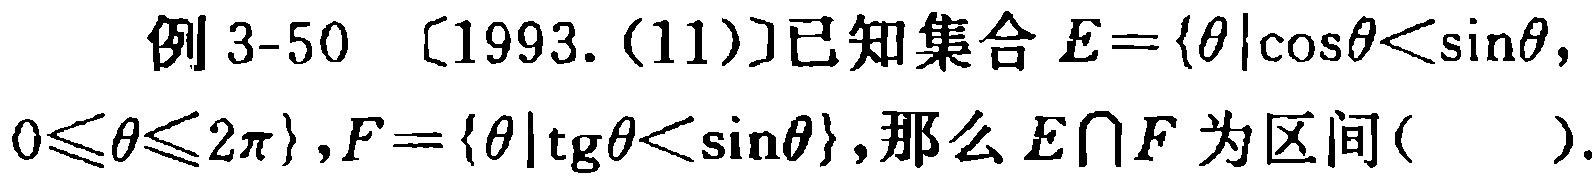
例 3-50 〔1993.(11)〕已知集合 \(E = \{ \theta|\cos\theta<\sin\theta, 0\leqslant\theta\leqslant 2\pi\}\)，\(F = \{ \theta|\operatorname{tg}\theta<\sin\theta\}\)，那么 \(E\cap F\) 为区间(  ).